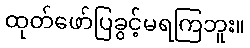
ထုတ်ဖော်ပြခွင့်မရကြဘူး။